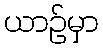
ယာဉ်မှာ